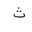
Letter: _tha